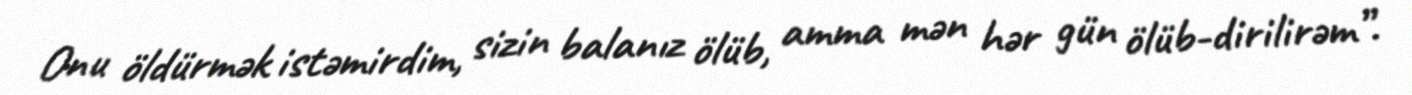
Onu öldürmək istəmirdim, sizin balanız ölüb, amma mən hər gün ölüb-dirilirəm”.